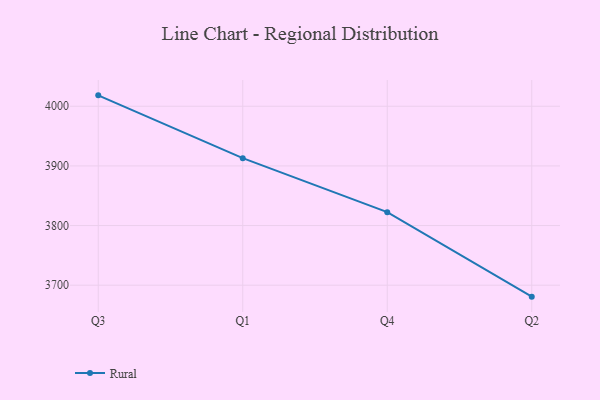
{"axis": {"x": "Quarter", "y": "Tickets Resolved"}, "legend": ["Rural"], "data": [{"x": "Q3", "y": 4018.3, "type": "Rural"}, {"x": "Q1", "y": 3913.0, "type": "Rural"}, {"x": "Q4", "y": 3822.5, "type": "Rural"}, {"x": "Q2", "y": 3680.8, "type": "Rural"}]}